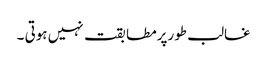
غالب طورپرمطابقت نہیں ہوتی ۔